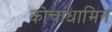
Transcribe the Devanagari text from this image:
कोचाधामिन